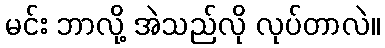
မင်း ဘာလို့ အဲသည်လို လုပ်တာလဲ။